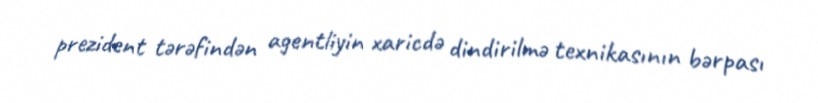
prezident tərəfindən agentliyin xaricdə dindirilmə texnikasının bərpası